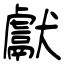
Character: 獻